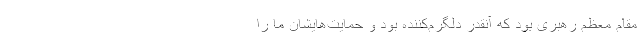
مقام معظم رهبری بود که آنقدر دلگرم‌کننده بود و حمایت‌هایشان ما را